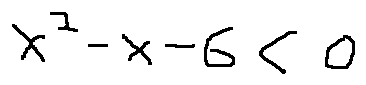
x ^ { 2 } - x - 6 < 0